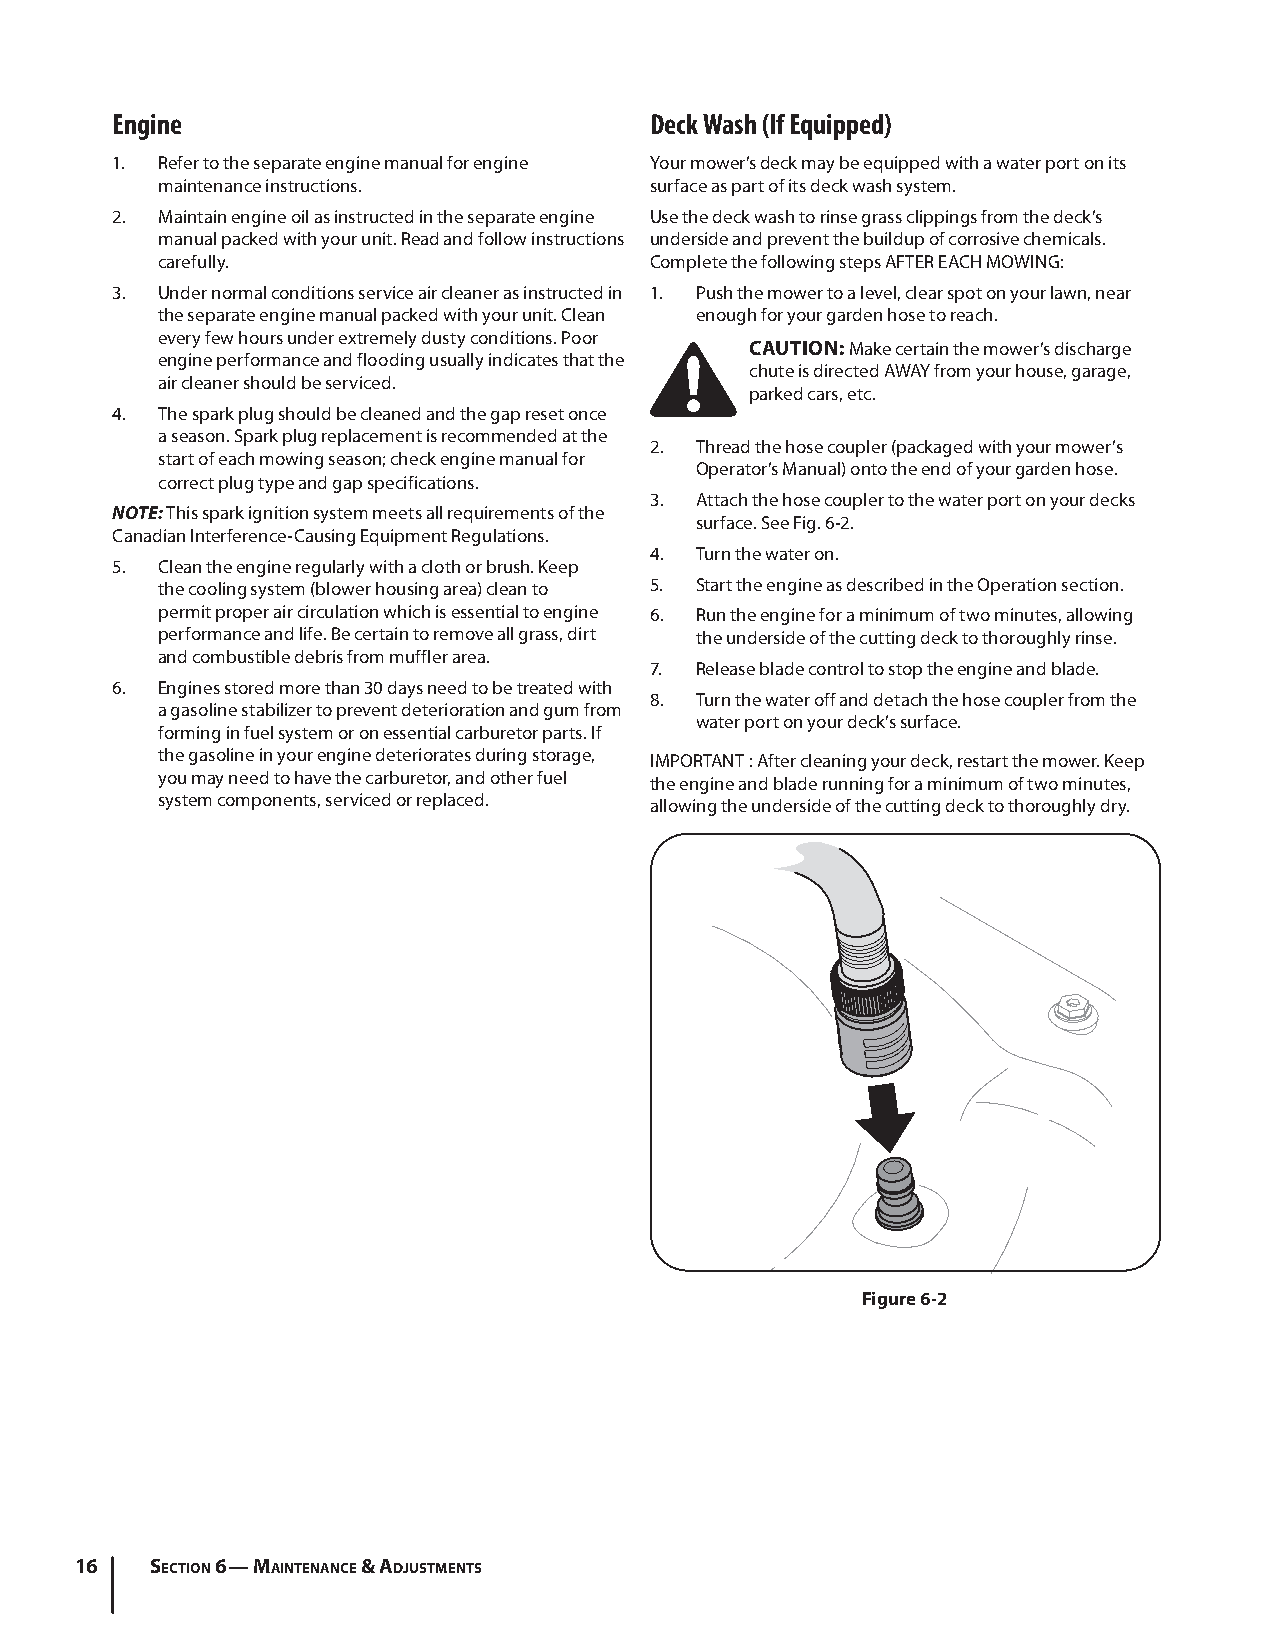
Engine                              Deck Wash (If Equipped)
 1. Refer to the separate engine manual for engine Your mower’s deck may be equipped with a water port on its
 maintenance instructions.        surface as part of its deck wash system.
 2. Maintain engine oil as instructed in the separate engine Use the deck wash to rinse grass clippings from the deck’s
 manual packed with your unit. Read and follow instructions underside and prevent the buildup of corrosive chemicals.
 carefully.                       Complete the following steps AFTER EACH MOWING:
 3. Under normal conditions service air cleaner as instructed in 1. Push the mower to a level, clear spot on your lawn, near
 the separate engine manual packed with your unit. Clean enough for your garden hose to reach.
 every few hours under extremely dusty conditions. Poor
 CAUTION: Make certain the mower’s discharge
 engine performance and flooding usually indicates that the
 chute is directed AWAY from your house, garage,
 air cleaner should be serviced.
 parked cars, etc.
 4. The spark plug should be cleaned and the gap reset once
 a season. Spark plug replacement is recommended at the
 2. Thread the hose coupler (packaged with your mower’s
 start of each mowing season; check engine manual for
 Operator’s Manual) onto the end of your garden hose.
 correct plug type and gap specifications.
 3. Attach the hose coupler to the water port on your decks
 NOTE: This spark ignition system meets all requirements of the
 surface. See Fig. 6-2.
 Canadian Interference-Causing Equipment Regulations.
 4. Turn the water on.
 5. Clean the engine regularly with a cloth or brush. Keep
 the cooling system (blower housing area) clean to 5. Start the engine as described in the Operation section.
 permit proper air circulation which is essential to engine 6. Run the engine for a minimum of two minutes, allowing
 performance and life. Be certain to remove all grass, dirt the underside of the cutting deck to thoroughly rinse.
 and combustible debris from muffler area.
 7. Release blade control to stop the engine and blade.
 6. Engines stored more than 30 days need to be treated with
 8. Turn the water off and detach the hose coupler from the
 a gasoline stabilizer to prevent deterioration and gum from
 water port on your deck’s surface.
 forming in fuel system or on essential carburetor parts. If
 the gasoline in your engine deteriorates during storage, IMPORTANT : After cleaning your deck, restart the mower. Keep
 you may need to have the carburetor, and other fuel the engine and blade running for a minimum of two minutes,
 system components, serviced or replaced. allowing the underside of the cutting deck to thoroughly dry.
 Figure 6-2
 16   Section 6— Maintenance & adjuStMentS